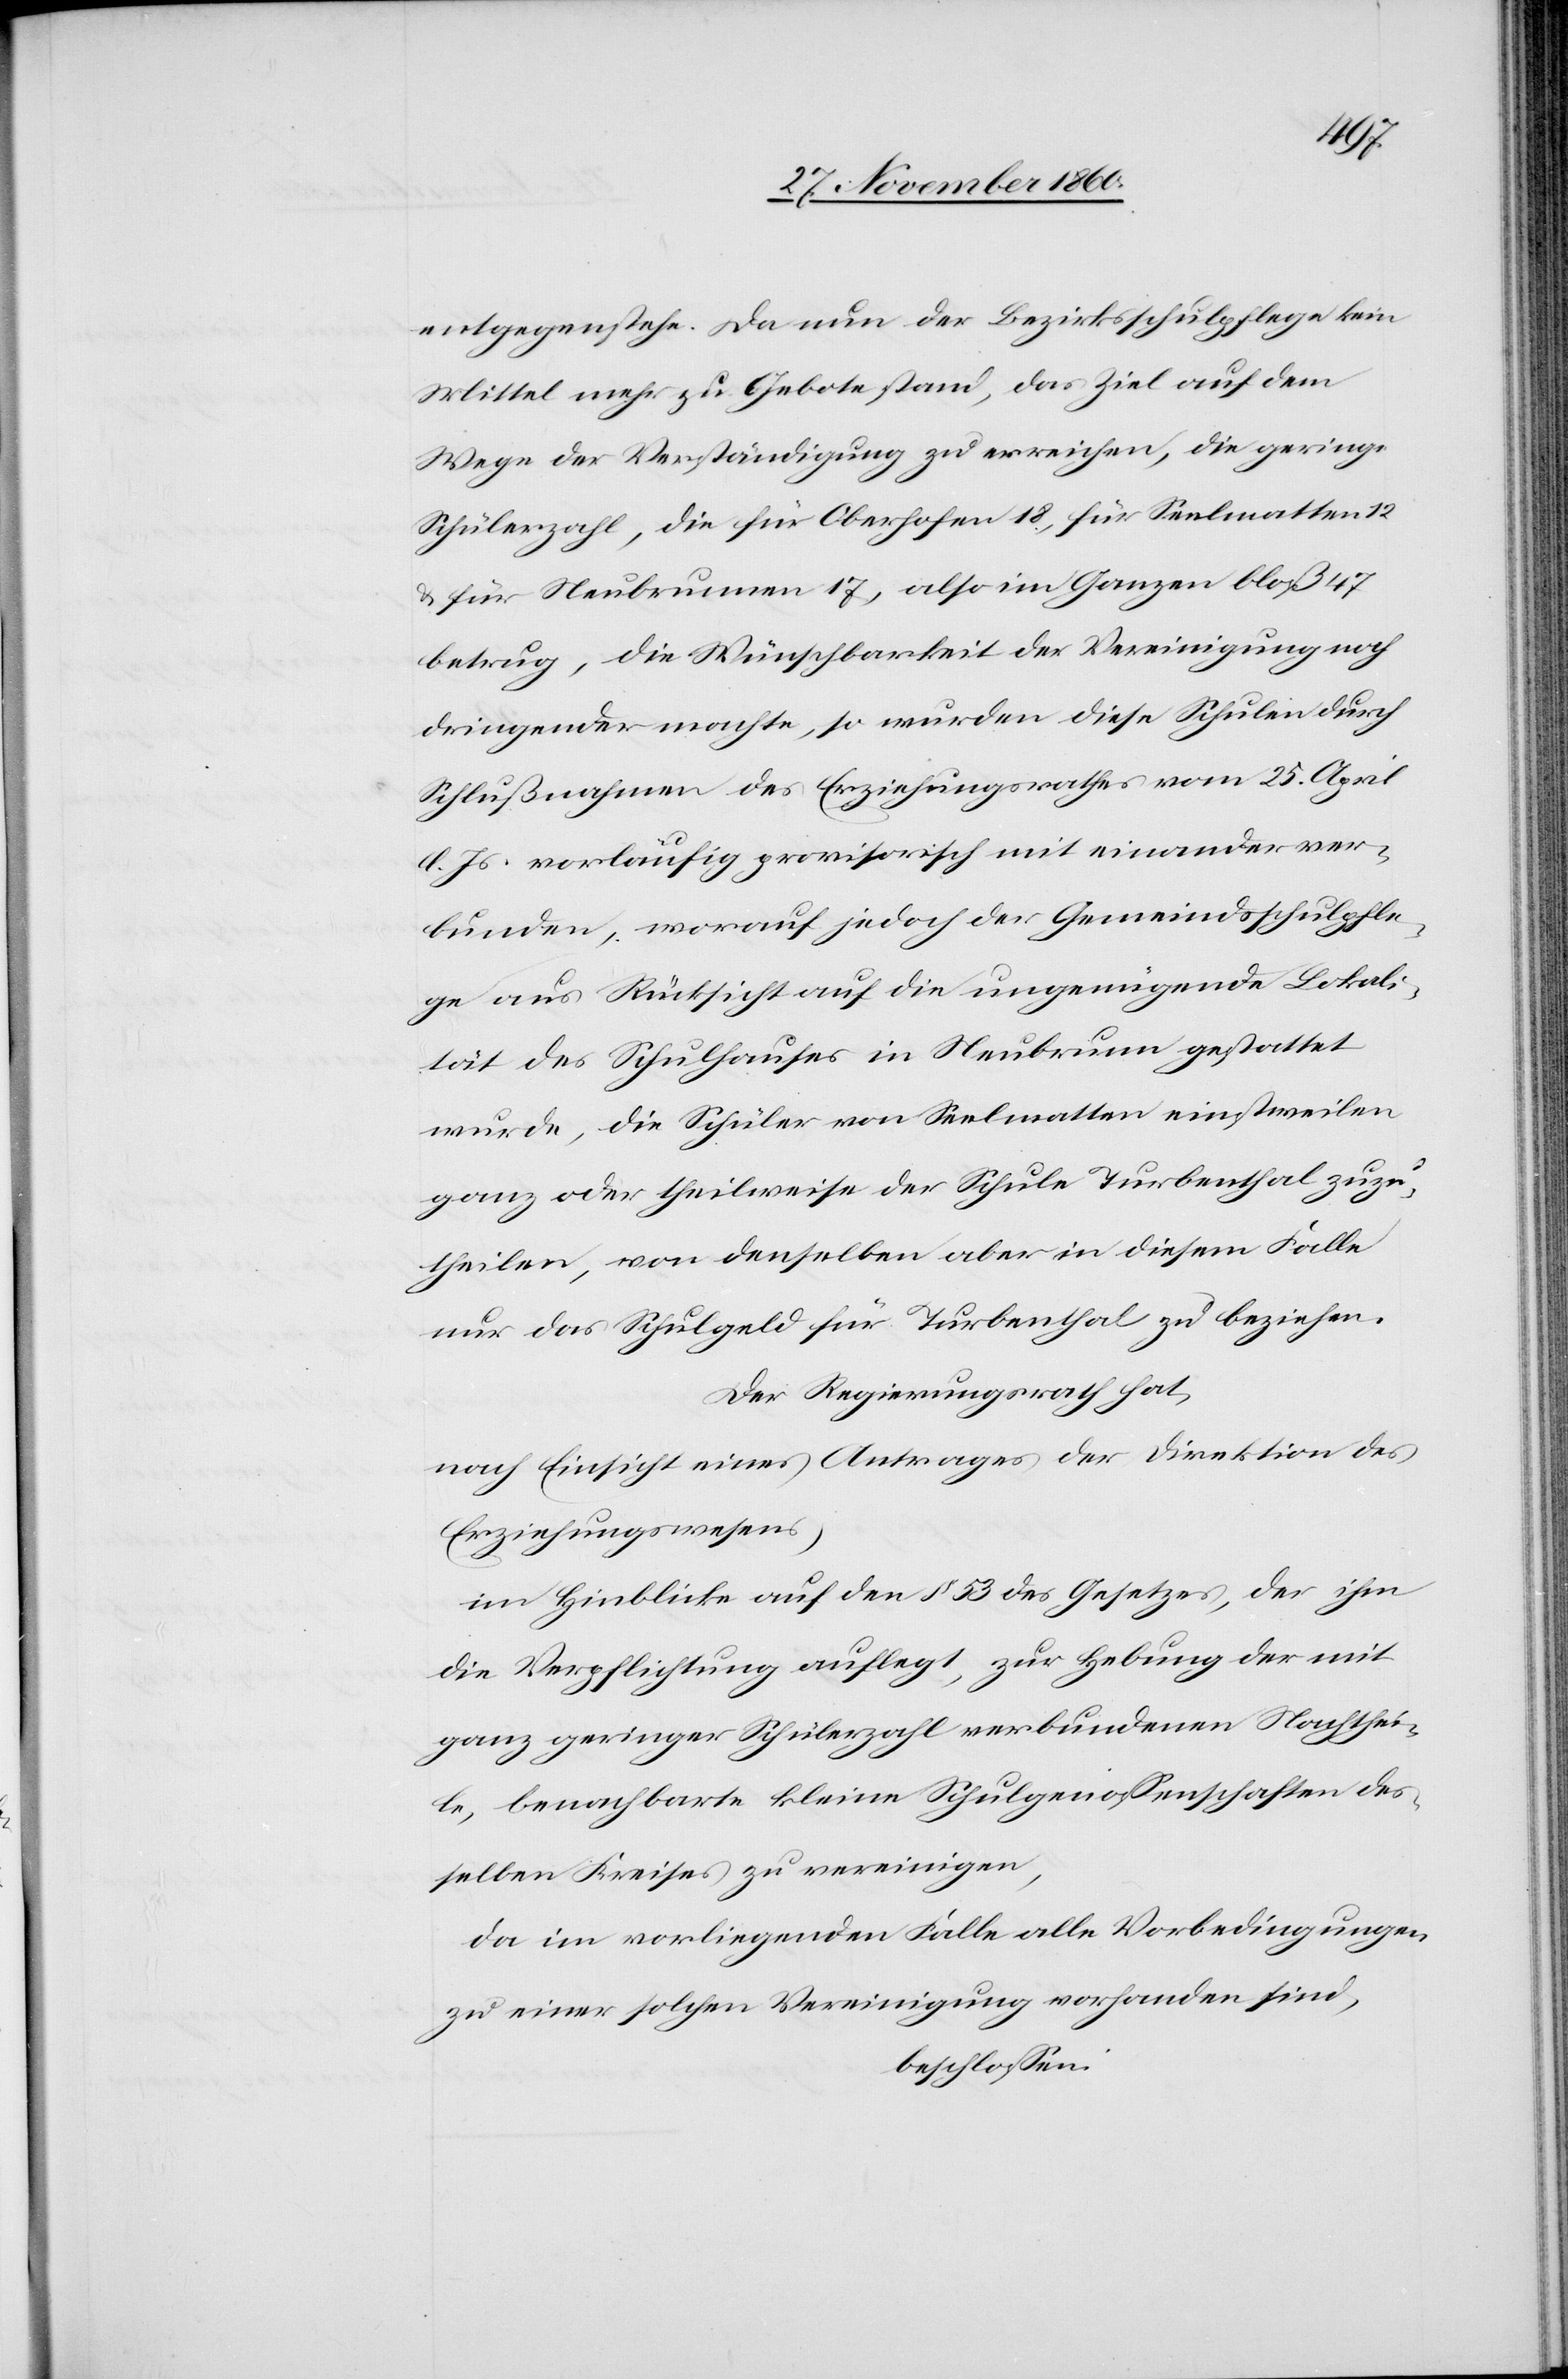
entgegenstehe. Da nun der Bezirksschulpflege kein
Mittel mehr zu Gebote stand, das Ziel auf dem
Wege der Verständigung zu erreichen, die geringe
Schülerzahl, die für Oberhofen 18, für Seelmatten 12
u. für Neubrunnen 17, also im Ganzen bloß 47
betrug, die Wünschbarkeit der Vereinigung noch
dringender machte, so wurden diese Schulen durch
Schlußnahmen des Erziehungsrathes vom 25., April
l. Js. vorläufig provisorisch mit einander ver¬
bunden, worauf jedoch der Gemeindsschulpfle¬
ge aus Rücksicht auf die ungenügende Lokali¬
tät des Schulhauses in Neubrunn gestattet
wurde, die Schüler von Seelmatten einstweilen
ganz oder theilweise der Schule Turbenthal zuzu¬
theilen, von denselben aber in diesem Falle
nur das Schulgut für Turbenthal zu beziehen.
Der Regierungsrath hat,
nach Einsicht eines Antrages der Direktion des
Erziehungswesens,
im Hinblick auf den § 53 des Gesetzes, der ihm
die Verpflichtung auflegt, zur Hebung der mit
ganz geringer Schülerzahl verbundenen Nachthei¬
le, benachbarte kleine Schulgenossenschaften des¬
selben Kreises zu vereinigen,
da im vorliegenden Falle alle Vorbedingungen
zu einer solchen Vereinigung vorhanden sind,
beschlossen: